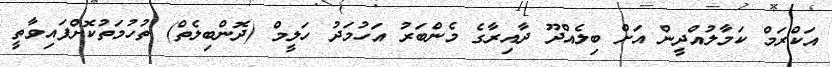
އަކްރަމް ކަމާލުއްދީން އަށް ބިލެއްދޫ ދާއިރާގެ މެންބަރު އަހުމަދު ހަލީމް (ދޮންބިލެތް) ތުހުމަތުކޮށްފައިވާތީ